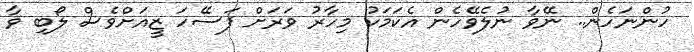
ހުންނަހެން.. ނޭވާ ނުލެވޭހެން އެކަމަކު މިހާރު ވަރަށް ފަސޭހަ ޒީއަށްވެސް ލޯބި ވާ